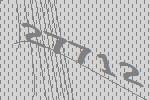
27712